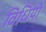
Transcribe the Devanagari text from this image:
विधिंयों